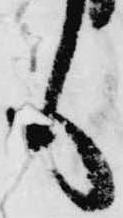
も